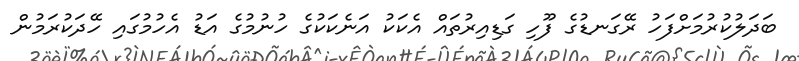
ބަދަލުކުރުމަށްފަހު ރޭގަނޑުގެ ފޫހި ގަޑިއިރުތައް އެކަކު އަނެކަކުގެ ހުނުމުގެ އަޑު އެހުމުގައި ހޭދަކުރަމުން